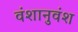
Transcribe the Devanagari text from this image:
वंशानुवंश